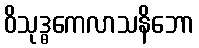
ဝိသုဒ္ဓကေလာသနိဘော